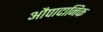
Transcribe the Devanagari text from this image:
औपादानिक